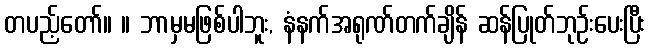
တပည့်တော်။ ။ ဘာမှမဖြစ်ပါဘူး, နံနက်အရုဏ်တက်ချိန် ဆန်ပြုတ်ဘုဉ်းပေးပြီး